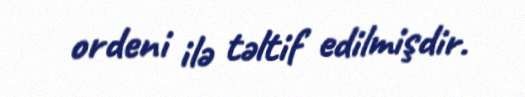
ordeni ilə təltif edilmişdir.